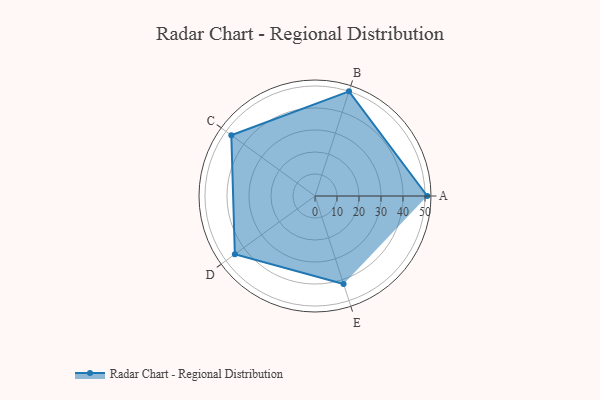
{"axis": {"x": "Skill", "y": "Score"}, "legend": ["Profile"], "data": [{"x": "A", "y": 51.0, "type": "Profile"}, {"x": "B", "y": 50.0, "type": "Profile"}, {"x": "C", "y": 47.0, "type": "Profile"}, {"x": "D", "y": 45.0, "type": "Profile"}, {"x": "E", "y": 42.0, "type": "Profile"}]}